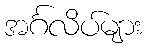
အင်္ဂလိပ်များ